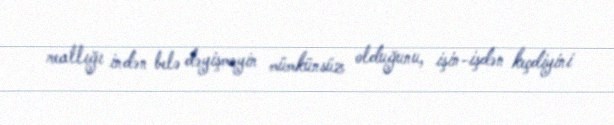
reallığı indən belə dəyişməyin mümkünsüz olduğunu, işin-işdən keçdiyini